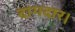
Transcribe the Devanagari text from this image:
दागदार।